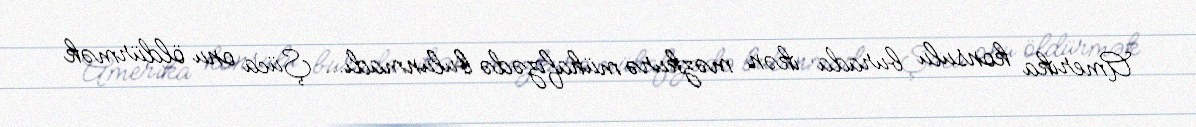
Amerika konsulu burada ikən məzkurə mühafizədə bulunmadı… Şüca onu öldürmək